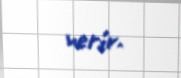
verir.